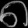
Digit: ၈